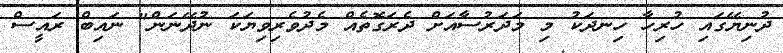
ދުނިޔޭގައި ހުރިހާ ހިނދަކު މި މަދަރުސާއަށް ދެރަގޮތެއް މެދުވެރިވިޔަކަ ނުދޭނަން" ނައިބް ރައީސް